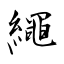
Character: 繩